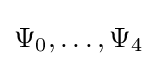
\Psi _{0},\ldots ,\Psi _{4}